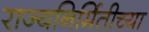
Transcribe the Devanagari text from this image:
राज्यनिर्मितीच्या